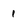
Character: 1